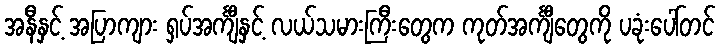
အနီနှင့် အပြာကျား ရှပ်အင်္ကျီနှင့် လယ်သမားကြီးတွေက ကုတ်အင်္ကျီတွေကို ပခုံးပေါ်တင်